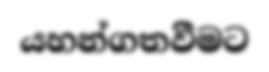
යහන්ගතවීමට